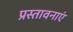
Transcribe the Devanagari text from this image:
प्रस्तावनाएं